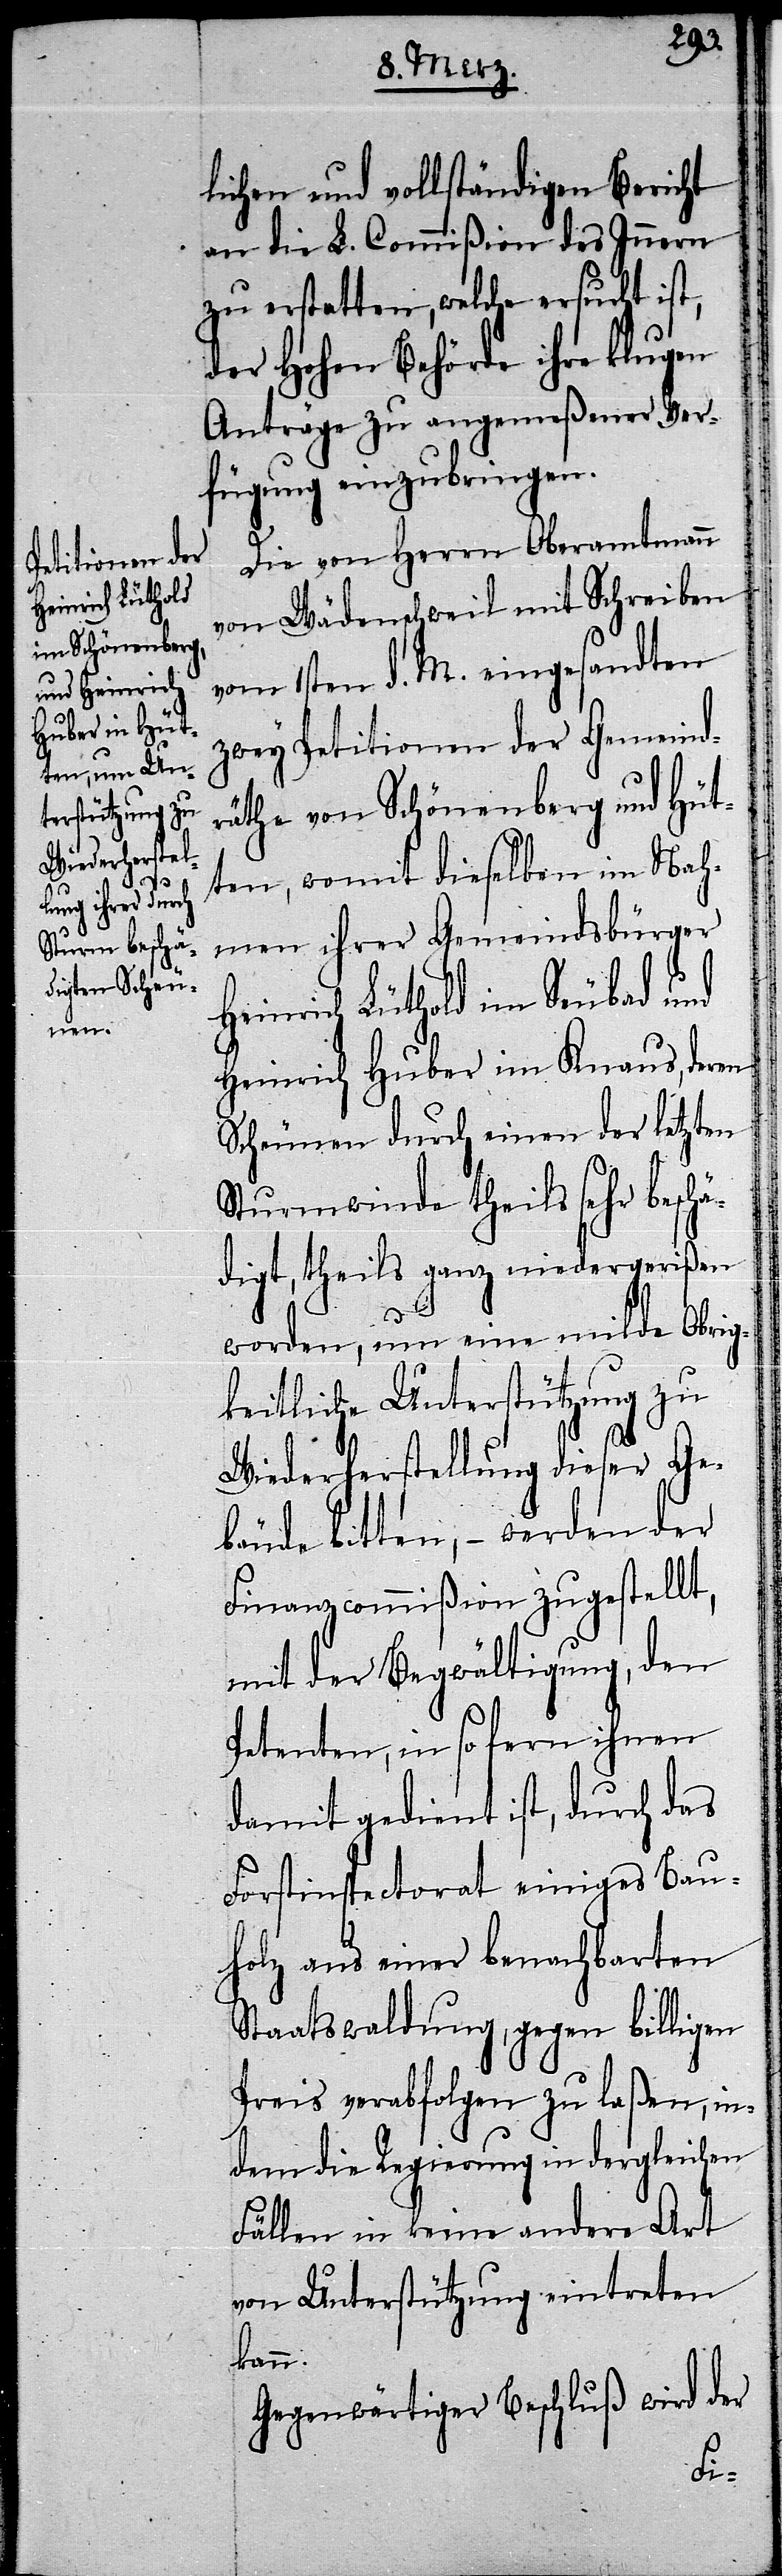
lichen und vollständigen Bericht
an die L. Commißion des Innern
zu erstatten, welche ersucht ist,
der Hohen Behörde ihre klugen
Anträge zu angemeßener Ver¬
fügung einzubringen.
Die von Herrn Oberamtmann
von Wädenschweil mit Schreiben
vom 1sten d. M. eingesandten
zwey Petitionen der Gemeind¬
räthe von Schönenberg und Hüt¬
ten, womit dieselben im Nah¬
men ihrer Gemeindsbürger
Heinrich Lüthold im Seubad und
Heinrich Huber im Knaus, deren
Scheunen durch einen der letzten
Sturmwinde theils sehr beschä¬
digt, theils ganz niedergerißen
worden, um eine milde Obrig¬
keitliche Unterstützung zu
Wiederherstellung dieser Ge¬
bäude bitten, – werden der
Finanzcommißion zugestellt,
mit der Begwältigung, den
Petenten, in so fern ihnen
damit gedient ist, durch das
Forstinspectorat einiges Bau¬
holz aus einer benachbarten
Staatswaldung, gegen billigen
Preis verabfolgen zu laßen, in¬
dem die Regierung in dergleichen
Fällen in keine andere Art
von Unterstützung eintreten
kann.
Gegenwärtiger Beschluß wird der